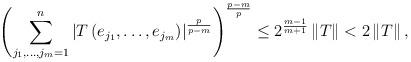
LaTeX: \begin{align*}\left( \sum_{j_{1},\ldots,j_{m}=1}^{n}\left\vert T\left( e_{j_{1}},\ldots,e_{j_{m}}\right) \right\vert ^{\frac{p}{p-m}}\right) ^{\frac{p-m}{p}}\leq 2^{\frac{m-1}{m+1}}\left\Vert T\right\Vert <2\left\Vert T\right\Vert,\end{align*}